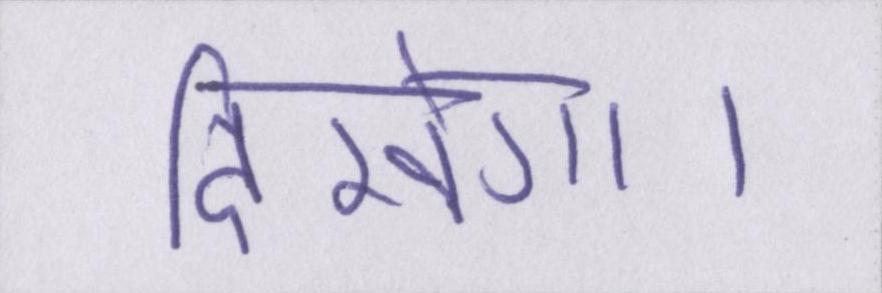
दिखेगा।